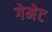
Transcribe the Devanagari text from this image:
गेमेट